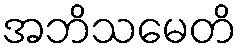
အဘိသမေတိ